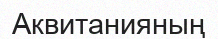
Аквитанияның